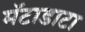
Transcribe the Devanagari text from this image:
मॅटाडाटा